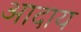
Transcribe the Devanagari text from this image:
आदाय